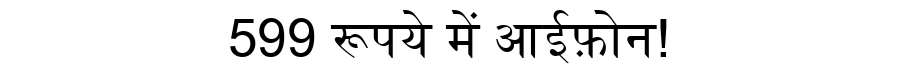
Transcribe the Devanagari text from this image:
599 रूपये में आईफ़ोन!